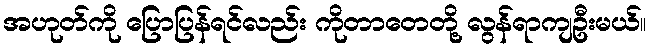
အဟုတ်ကို ပြောပြန်ရင်လည်း ကိုတာတေတို့ လွန်ရာကျဦးမယ်။